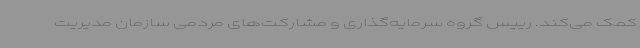
کمک می‌کند. رییس گروه سرمایه‌گذاری و مشارکت‌های مردمی سازمان مدیریت